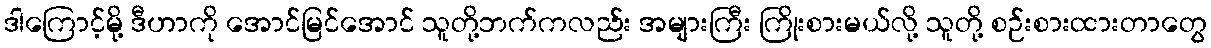
ဒါကြောင့်မို့ ဒီဟာကို အောင်မြင်အောင် သူတို့ဘက်ကလည်း အများကြီး ကြိုးစားမယ်လို့ သူတို့ စဉ်းစားထားတာတွေ